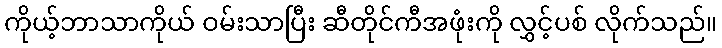
ကိုယ့်ဘာသာကိုယ် ဝမ်းသာပြီး ဆီတိုင်ကီအဖုံးကို လွှင့်ပစ် လိုက်သည်။